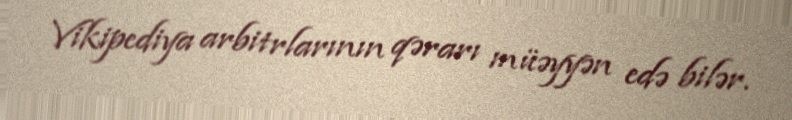
Vikipediya arbitrlarının qərarı müəyyən edə bilər.